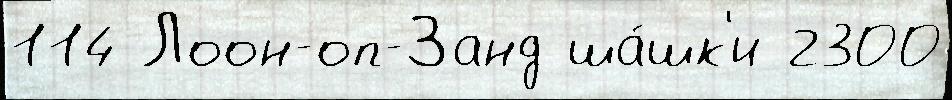
114 Лоон-оп-Занд ша́шк'и 2300